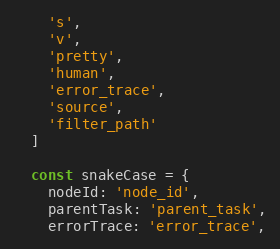
Language: JavaScript
    's',
    'v',
    'pretty',
    'human',
    'error_trace',
    'source',
    'filter_path'
  ]

  const snakeCase = {
    nodeId: 'node_id',
    parentTask: 'parent_task',
    errorTrace: 'error_trace',